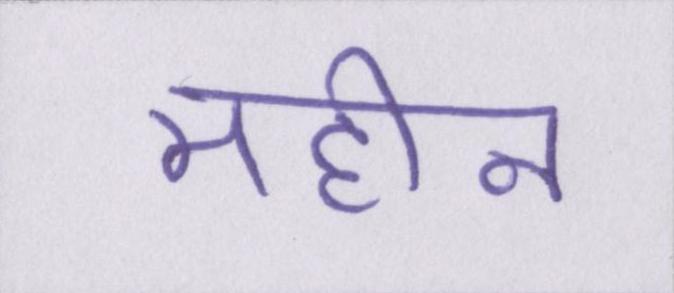
महीन